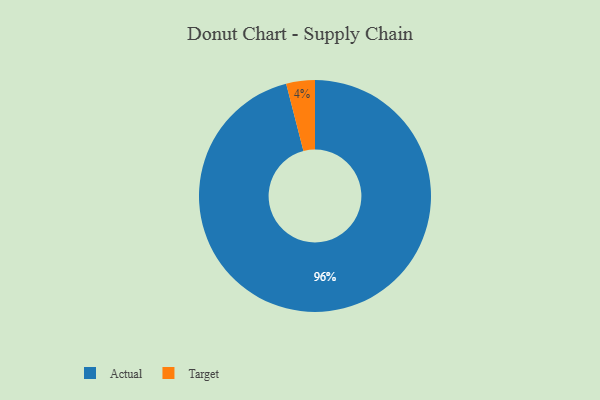
{"axis": {"x": "Category", "y": "Percentage"}, "legend": ["Actual", "Target"], "data": [{"x": "Actual", "y": 96, "type": "Actual"}, {"x": "Target", "y": 4, "type": "Target"}]}